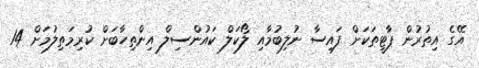
އޭގެ އިތުރުން ޕާޓީތަކަށް ފައިސާ ނުލިބުމާއި ލޯކަލް ކައުންސިލް އިންތިހާބަށް ކުރިމަތިލުމަށް 14